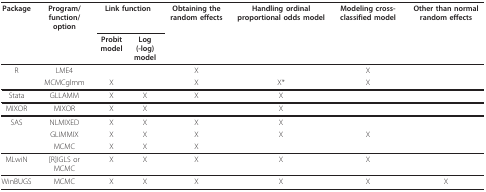
| Package | Program/function/option | <COLSPAN=2> Link function | Obtaining the random effects | Handling ordinal proportional odds model | Modeling cross-classified model | Other than normal random effects |
 |  |  | Probit model | Log(-log) model |  |  |  |  |
 | --- | --- | --- | --- | --- | --- | --- | --- |
 | R | LME4 |  |  | X |  | X |  |
 |  | MCMCglmm | X |  | X | X* | X |  |
 | Stata | GLLAMM | X | X | X | X |  |  |
 | MIXOR | MIXOR | X | X |  | X |  |  |
 | SAS | NLMIXED | X | X | X | X |  |  |
 |  | GLIMMIX | X | X | X | X | X |  |
 |  | MCMC | X | X | X |  |  |  |
 | MLwiN | [R]IGLS or MCMC | X | X | X | X | X |  |
 | WinBUGS | MCMC | X | X | X | X | X | X |